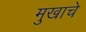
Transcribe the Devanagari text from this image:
मुखाचे